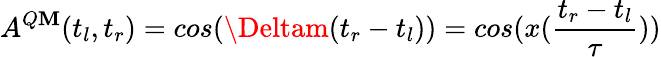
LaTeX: A^{Q\mathbf{M}}(t_{l},t_{r})=cos(\Deltam(t_{r}-t_{l}))=cos(x(\frac{{t_{r}-t_{l}}}{{\tau}}))